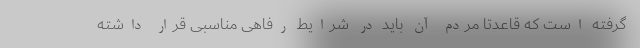
گرفته است که قاعدتا مردم آن باید در شرایط رفاهی مناسبی قرار داشته